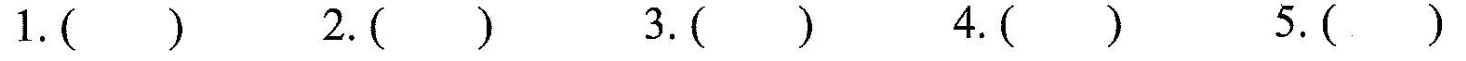
1.( ) 2.( ) 3.( ) 4.( ) 5.( )